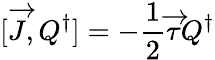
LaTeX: [\overrightarrow{J},Q^{\dagger}]=-\frac{1}{2}\overrightarrow{\tau}Q^{\dagger}